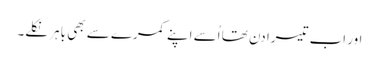
اور اب تیسرا دن تھا اُسے اپنے کمرے سے بھی باہر نکلے۔